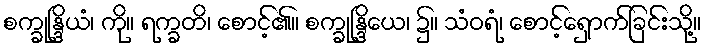
စက္ခုန္ဒြိယံ၊ ကို။ ရက္ခတိ၊ စောင့်၏။ စက္ခုန္ဒြိယေ၊ ၌။ သံဝရံ၊ စောင့်ရှောက်ခြင်းသို့။